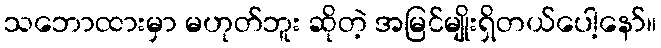
သဘောထားမှာ မဟုတ်ဘူး ဆိုတဲ့ အမြင်မျိုးရှိတယ်ပေါ့နော်။